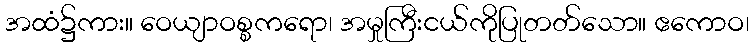
အထံ၌ကား။ ဝေယျာဝစ္စကရော၊ အမှုကြီးငယ်ကိုပြုတတ်သော။ ဧကောဝ၊